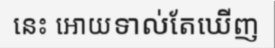
នេះ អោយទាល់តែឃើញ